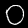
Digit: 0